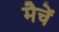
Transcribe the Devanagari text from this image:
मैचें